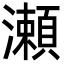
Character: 瀬